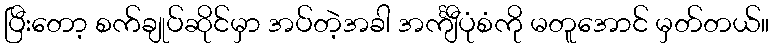
ပြီးတော့ စက်ချုပ်ဆိုင်မှာ အပ်တဲ့အခါ အင်္ကျီပုံစံကို မတူအောင် မှတ်တယ်။